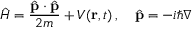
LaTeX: { \hat { H } } = { \frac { { \hat { \mathbf { p } } } \cdot { \hat { \mathbf { p } } } } { 2 m } } + V ( \mathbf { r } , t ) \, , \quad { \hat { \mathbf { p } } } = - i \hbar \nabla